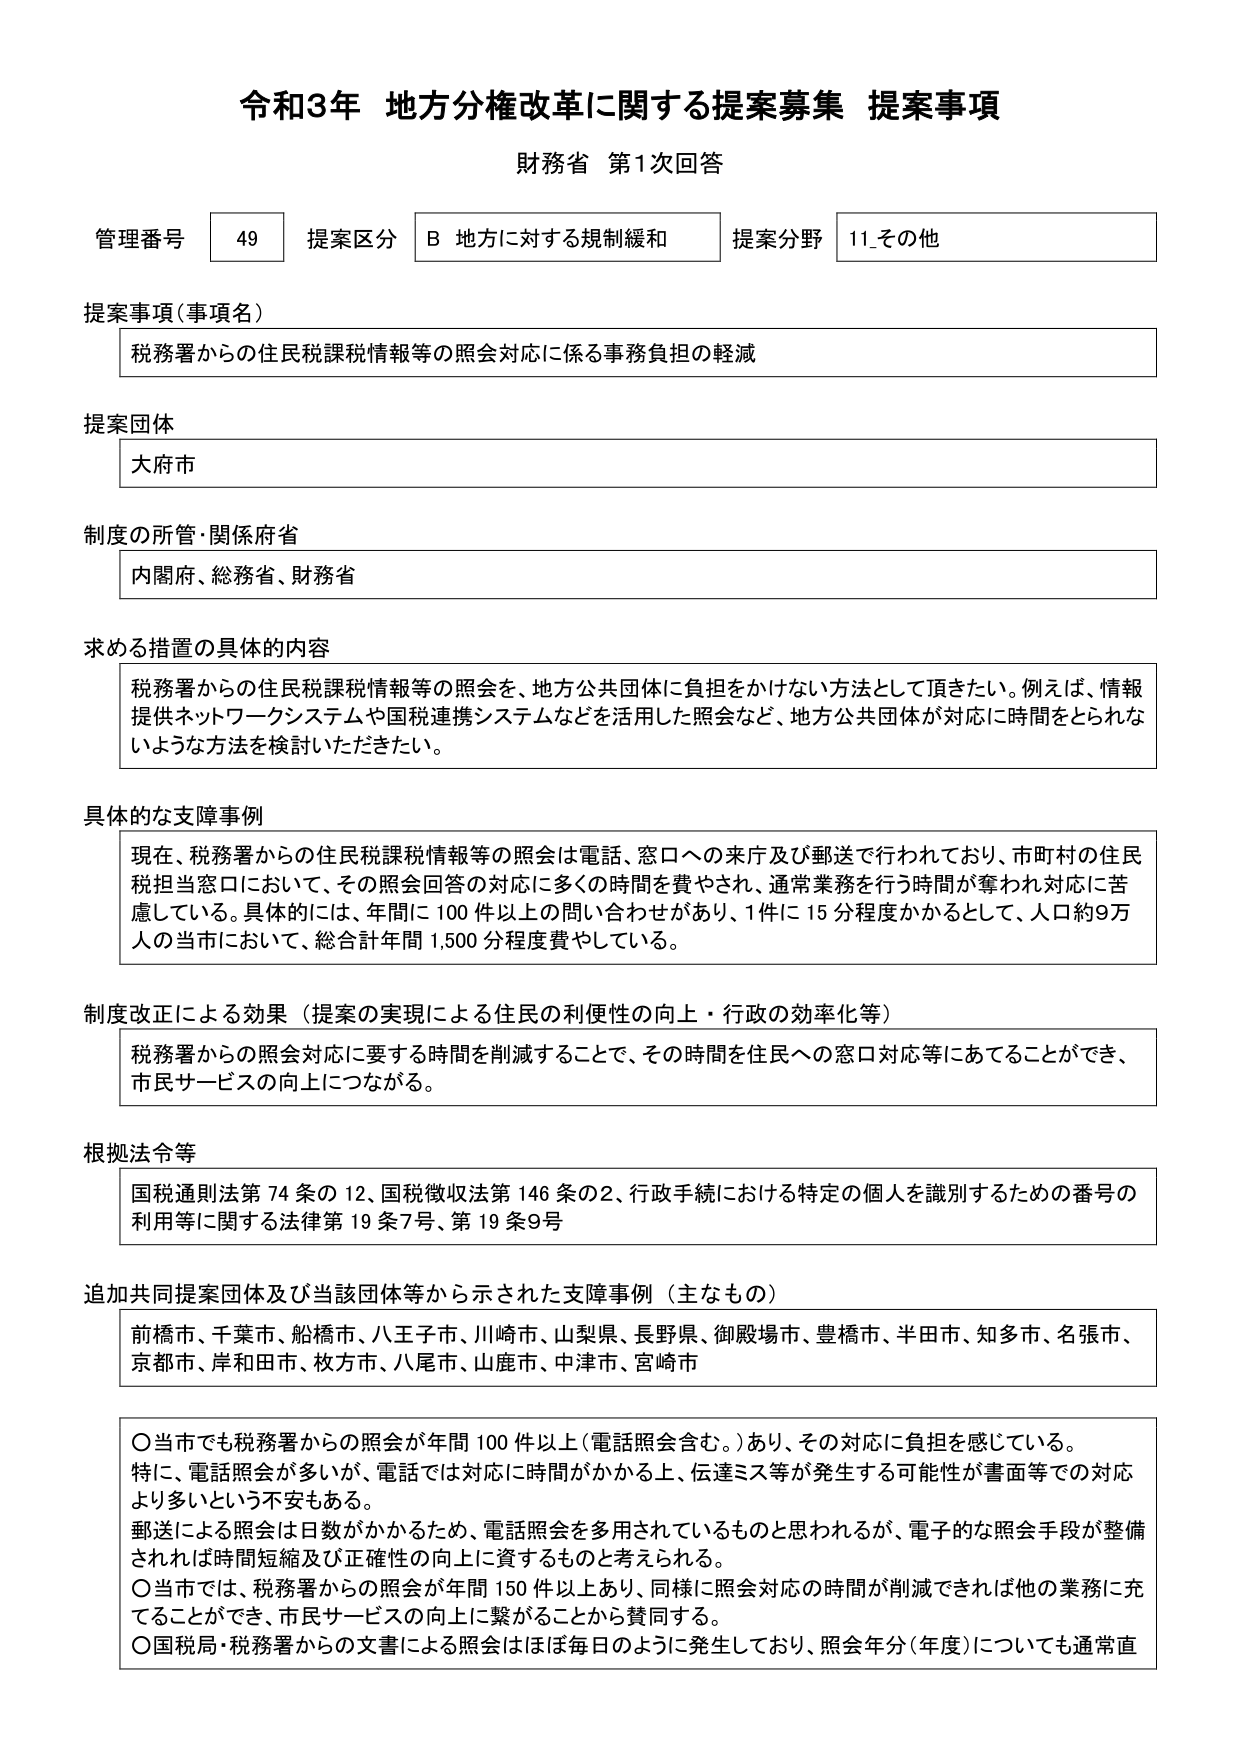
令和3年 地方分権改革に関する提案募集 提案事項
財務省 第1次回答

管理番号 49 提案区分 B 地方に対する規制緩和 提案分野 11_その他

提案事項（事項名）
税務署からの住民税課税情報等の照会対応に係る事務負担の軽減

提案団体
大府市

制度の所管・関係府省
内閣府、総務省、財務省

求める措置の具体的内容
税務署からの住民税課税情報等の照会を、地方公共団体に負担をかけない方法として頂きたい。例えば、情報提供ネットワークシステムや国税連携システムなどを活用した照会など、地方公共団体が対応に時間をとられないような方法を検討いただきたい。

具体的な支援事例
現在、税務署からの住民税課税情報等の照会は電話、窓口への来庁及び郵送で行われており、市町村の住民税担当窓口において、その照会回答の対応に多くの時間を費やされ、通常業務を行う時間が奪われ対応に苦慮している。具体的には、年間に100件以上の問い合わせがあり、1件に15分程度かかるとして、人口約9万人の当市において、総合計年間1,500分程度費やしている。

制度改正による効果（提案の実現による住民の利便性の向上・行政の効率化等）
税務署からの照会対応に要する時間を削減することで、その時間を住民への窓口対応等にあてることができ、市民サービスの向上につながる。

根拠法令等
国税通則法第74条の12、国税徴収法第146条の2、行政手続における特定の個人を識別するための番号の利用等に関する法律第19条7号、第19条9号

追加共同提案団体及び当該団体等から示された支援事例（主なもの）
前橋市、千葉市、船橋市、八王子市、川崎市、山梨県、長野県、御殿場市、豊橋市、半田市、知多市、名張市、京都市、岸和田市、枚方市、八尾市、山鹿市、中津市、宮崎市

〇当市でも税務署からの照会が年間100件以上（電話照会含む。）あり、その対応に負担を感じている。
特に、電話照会が多いが、電話では対応に時間がかかる上、伝達ミス等が発生する可能性が書面等での対応より多いという不安もある。
郵送による照会は日数がかかるため、電話照会を多用されているものと思われるが、電子的な照会手段が整備されれば時間短縮及び正確性の向上に資するものと考えられる。
〇当市では、税務署からの照会が年間150件以上あり、同様に照会対応の時間が削減できれば他の業務に充てることができ、市民サービスの向上に繋がることから賛同する。
〇国税局・税務署からの文書による照会はほぼ毎日のように発生しており、照会年分（年度）についても通常直